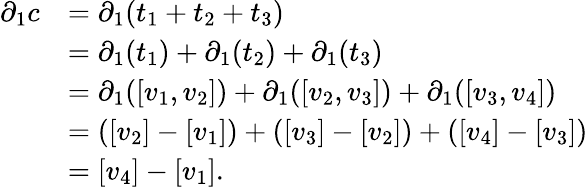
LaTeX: {\begin{array}{rl}{\partial_{1}c}&{=\partial_{1}(t_{1}+t_{2}+t_{3})}\\ &{=\partial_{1}(t_{1})+\partial_{1}(t_{2})+\partial_{1}(t_{3})}\\ &{=\partial_{1}([v_{1},v_{2}])+\partial_{1}([v_{2},v_{3}])+\partial_{1}([v_{3},v_{4}])}\\ &{=([v_{2}]-[v_{1}])+([v_{3}]-[v_{2}])+([v_{4}]-[v_{3}])}\\ &{=[v_{4}]-[v_{1}].}\end{array}}